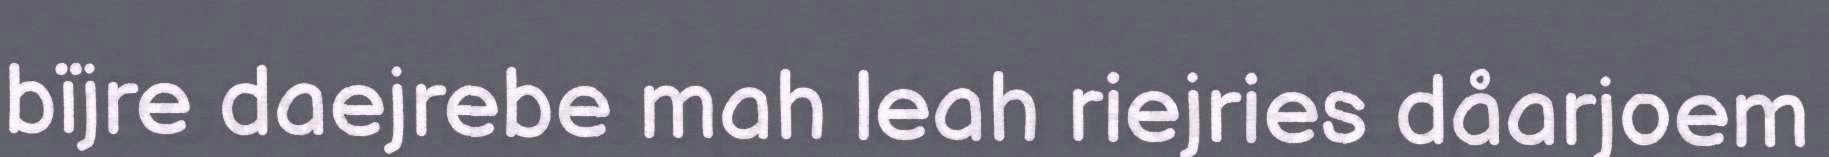
bïjre daejrebe mah leah riejries dåarjoem